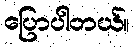
ပြောပါတယ်။